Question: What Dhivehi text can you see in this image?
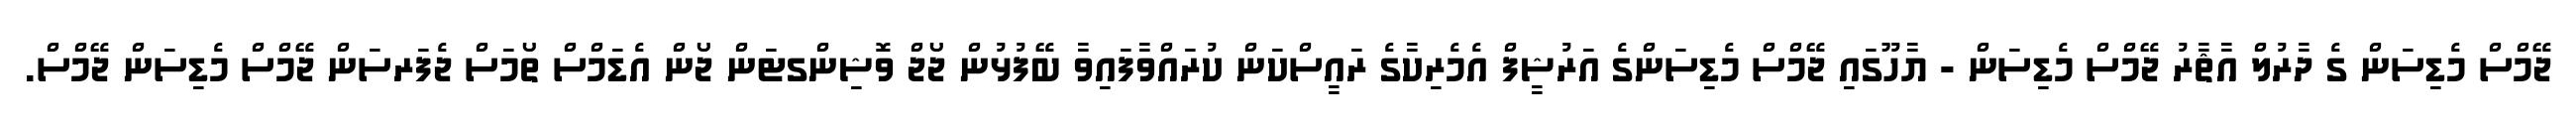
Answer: ޖޭމްސް މެޑިސަން ގެ ދާރުލް އާޘާރު ޖޭމްސް މެޑިސަން - ޔާހޫގައި ޖޭމްސް މެޑިސަންގެ އަރުޝީފް އެމެރިކާގެ ރައީސްކަން ކުރައްވާފައިވާ ބޭފުޅުން ޖޯޖް ވޮޝިންގޓަން ޖޯން އެޑަމްސް ތޯމަސް ޖެފަރސަން ޖޭމްސް މެޑިސަން ޖޭމްސް.